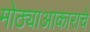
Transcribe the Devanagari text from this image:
मोठ्याआकाराचे